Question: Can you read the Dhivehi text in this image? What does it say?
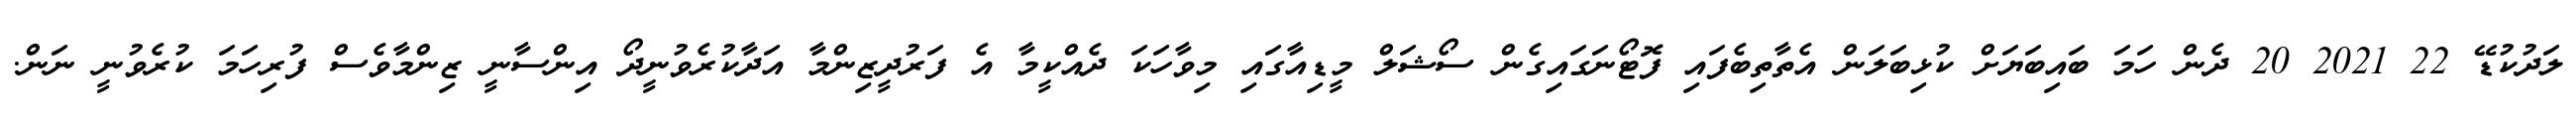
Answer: ލަދުކުޑޭ 22 2021 20 ދެން ހަމަ ބައިބަޔަށް ކުޅިބަލަން އެތާތިބެފައި ފޮޓޯނަގައިގެން ސޯޝަލް މީޑިއާގައި މިވާހަކަ ދެއްކީމާ އެ ފަރުދީޒިންމާ އަދާކުރެވުނީދޯ އިންސާނީ ޒިންމާވެސް ފުރިހަމަ ކުރެވުނީ ނަން.